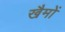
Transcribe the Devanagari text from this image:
खैमों